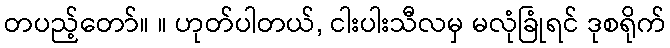
တပည့်တော်။ ။ ဟုတ်ပါတယ်, ငါးပါးသီလမှ မလုံခြုံရင် ဒုစရိုက်